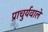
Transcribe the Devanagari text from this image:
प्राचुर्यवाले